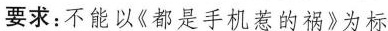
要求：不能以《都是手机惹的祸》为标